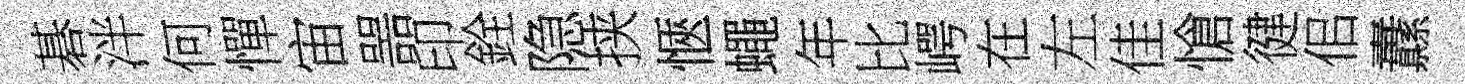
碁泮何憚宙噐印銓隐挟愜蠅年比崿在左佳愴徤佀纛